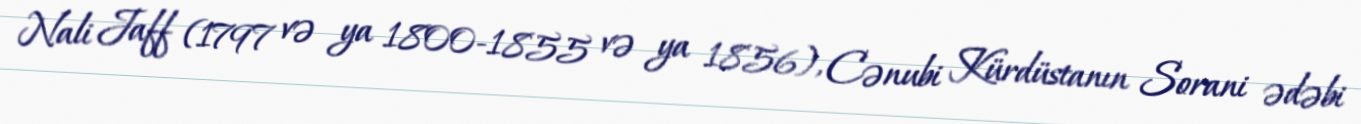
Nali Jaff (1797 və ya 1800-1855 və ya 1856), Cənubi Kürdüstanın Sorani ədəbi